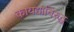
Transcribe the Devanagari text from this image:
कायद्यांविरुद्ध